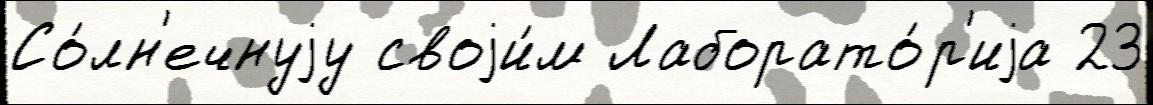
Со́лн'ечнуjу своjи́м Лаборато́р'иjа 23